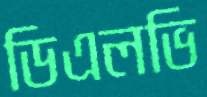
ডিএলভি